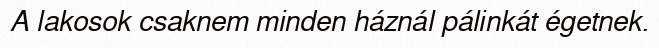
A lakosok csaknem minden háznál pálinkát égetnek.